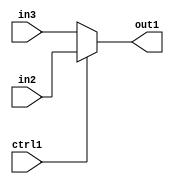
`timescale 1ps / 1ps
/*****************************************************************************
    Verilog RTL Description
    
    
    Created by: Stratus DpOpt 21.05.01 
*******************************************************************************/

module SobelFilter_N_Mux_8_2_2_1 (
	in3,
	in2,
	ctrl1,
	out1
	); /* architecture "behavioural" */ 
input [7:0] in3,
	in2;
input  ctrl1;
output [7:0] out1;
wire [7:0] asc001;

reg [7:0] asc001_tmp_0;
assign asc001 = asc001_tmp_0;
always @ (ctrl1 or in2 or in3) begin
	case (ctrl1)
		1'B1 : asc001_tmp_0 = in2 ;
		default : asc001_tmp_0 = in3 ;
	endcase
end

assign out1 = asc001;
endmodule

/* CADENCE  uLTxTgg= : u9/ySxbfrwZIxEzHVQQV8Q== ** DO NOT EDIT THIS LINE ******/